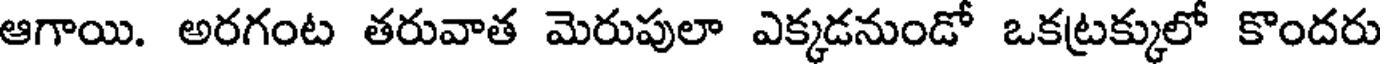
ఆగాయి. అరగంట తరువాత మెరుపులా ఎక్కడనుండో ఒకట్రక్కులో కొందరు